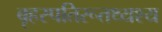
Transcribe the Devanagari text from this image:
बृहस्पतिरूतथ्यश्य